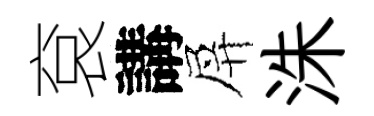
袞講屏洙